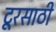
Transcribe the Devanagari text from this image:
टूरसाठी